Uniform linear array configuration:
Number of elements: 12
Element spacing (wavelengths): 1
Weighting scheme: binomial
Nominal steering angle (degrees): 45
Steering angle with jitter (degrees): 45.023
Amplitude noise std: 0.05
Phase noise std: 0.05

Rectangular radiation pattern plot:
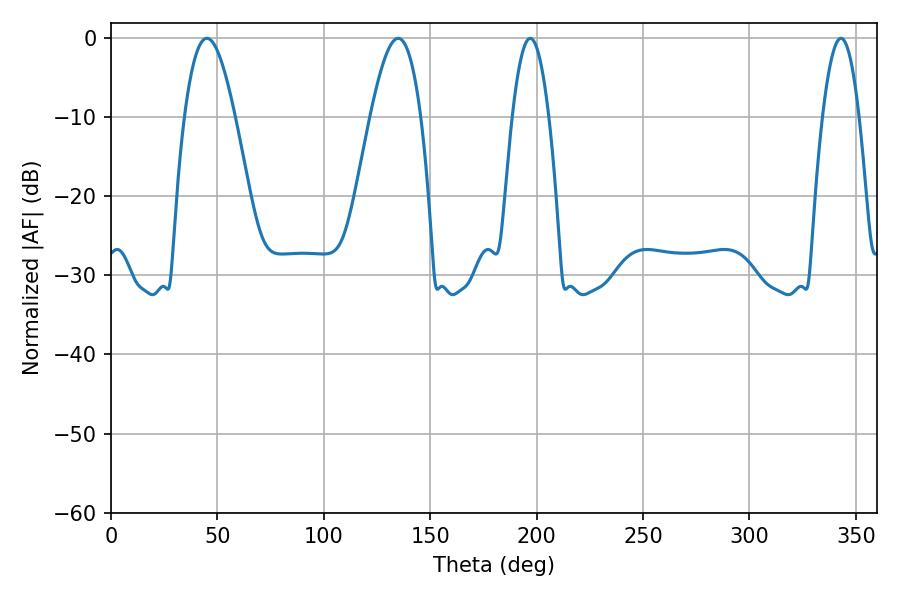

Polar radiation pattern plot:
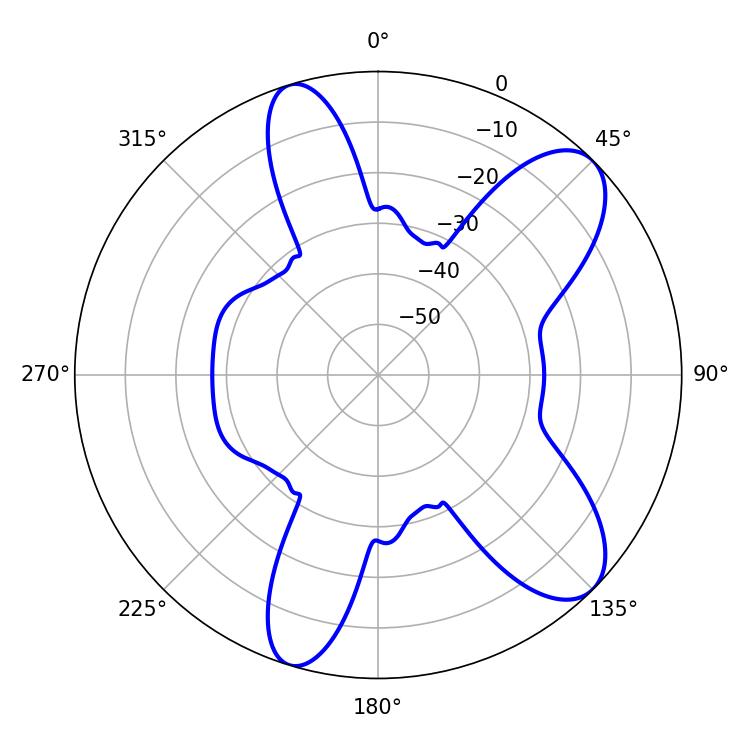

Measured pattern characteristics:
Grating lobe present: TRUE
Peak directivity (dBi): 9.127
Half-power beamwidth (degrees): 12.78
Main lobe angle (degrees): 45